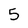
Character: 5